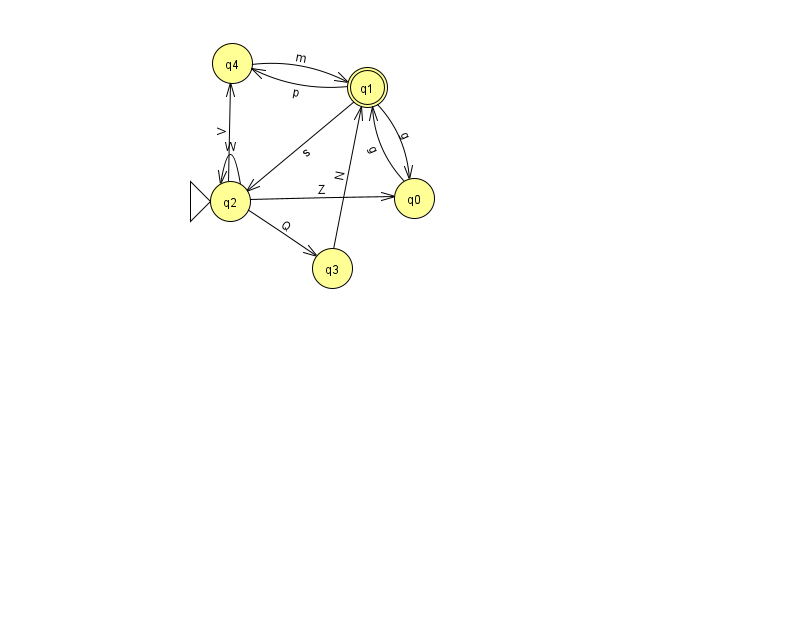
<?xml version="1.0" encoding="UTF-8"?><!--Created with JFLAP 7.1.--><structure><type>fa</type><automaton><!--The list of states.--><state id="0" name="q0"><x>414.0</x><y>185.0</y></state><state id="1" name="q1"><x>367.0</x><y>74.0</y><final/></state><state id="2" name="q2"><x>230.0</x><y>188.0</y><initial/></state><state id="3" name="q3"><x>332.0</x><y>255.0</y></state><state id="4" name="q4"><x>232.0</x><y>50.0</y></state><!--The list of transitions.--><transition><from>1</from><to>2</to><read>s</read></transition><transition><from>0</from><to>1</to><read>g</read></transition><transition><from>1</from><to>0</to><read>g</read></transition><transition><from>1</from><to>4</to><read>p</read></transition><transition><from>2</from><to>2</to><read>W</read></transition><transition><from>2</from><to>3</to><read>Q</read></transition><transition><from>2</from><to>4</to><read>V</read></transition><transition><from>4</from><to>1</to><read>m</read></transition><transition><from>2</from><to>0</to><read>Z</read></transition><transition><from>3</from><to>1</to><read>N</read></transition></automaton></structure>